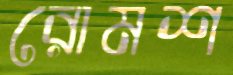
রোমশ